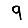
Digit: 9